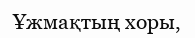
Ұжмақтың хоры,